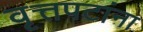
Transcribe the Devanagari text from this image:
वृत्तपटांना